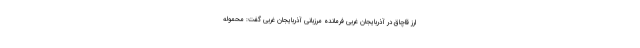
ارز قاچاق در آذربایجان غربی فرمانده مرزبانی آذربایجان غربی گفت: محموله